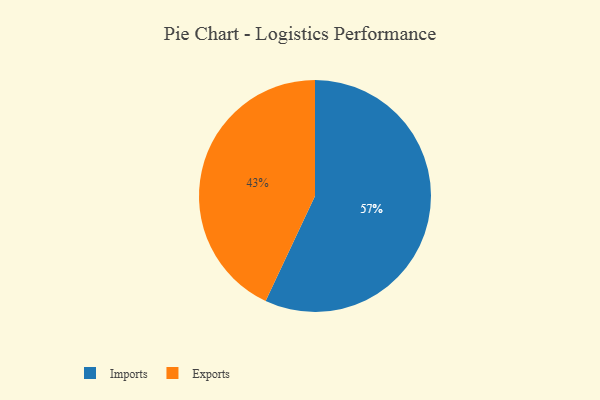
{"axis": {"x": "Category", "y": "Percentage"}, "legend": ["Exports", "Imports"], "data": [{"x": "Imports", "y": 57, "type": "Imports"}, {"x": "Exports", "y": 43, "type": "Exports"}]}